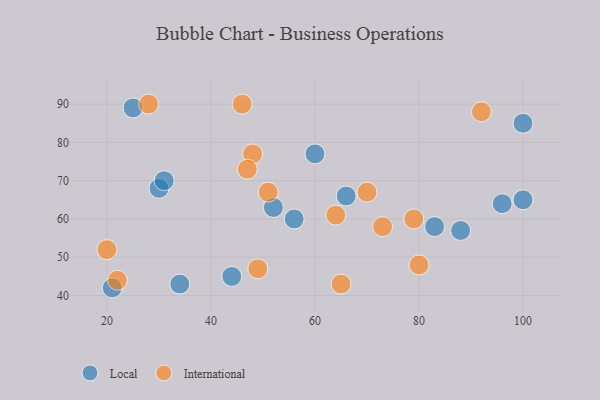
{"axis": {"x": "GDP", "y": "Life Expectancy"}, "legend": ["International", "Local"], "data": [{"x": "56", "y": 60, "type": "Local"}, {"x": "25", "y": 89, "type": "Local"}, {"x": "88", "y": 57, "type": "Local"}, {"x": "30", "y": 68, "type": "Local"}, {"x": "44", "y": 45, "type": "Local"}, {"x": "21", "y": 42, "type": "Local"}, {"x": "96", "y": 64, "type": "Local"}, {"x": "66", "y": 66, "type": "Local"}, {"x": "100", "y": 65, "type": "Local"}, {"x": "31", "y": 70, "type": "Local"}, {"x": "52", "y": 63, "type": "Local"}, {"x": "60", "y": 77, "type": "Local"}, {"x": "34", "y": 43, "type": "Local"}, {"x": "100", "y": 85, "type": "Local"}, {"x": "83", "y": 58, "type": "Local"}, {"x": "48", "y": 77, "type": "International"}, {"x": "92", "y": 88, "type": "International"}, {"x": "49", "y": 47, "type": "International"}, {"x": "51", "y": 67, "type": "International"}, {"x": "28", "y": 90, "type": "International"}, {"x": "73", "y": 58, "type": "International"}, {"x": "80", "y": 48, "type": "International"}, {"x": "64", "y": 61, "type": "International"}, {"x": "22", "y": 44, "type": "International"}, {"x": "47", "y": 73, "type": "International"}, {"x": "46", "y": 90, "type": "International"}, {"x": "65", "y": 43, "type": "International"}, {"x": "20", "y": 52, "type": "International"}, {"x": "79", "y": 60, "type": "International"}, {"x": "70", "y": 67, "type": "International"}]}